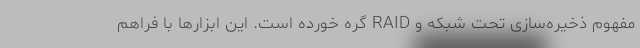
مفهوم ذخیره‌سازی تحت شبکه و RAID گره خورده است. این ابزارها با فراهم